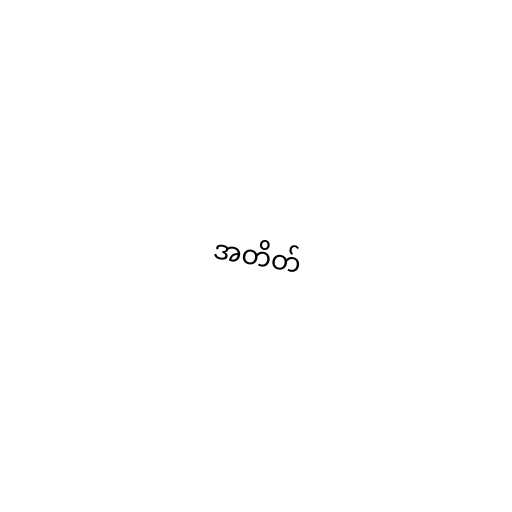
အတိတ်